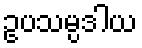
ဥပသမ္ပဒါယ